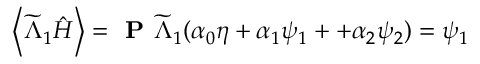
\left\langle \widetilde { \Lambda } _ { 1 } \hat { H } \right\rangle = \textbf { P } \widetilde { \Lambda } _ { 1 } ( \boldsymbol { \alpha } _ { 0 } \eta + \boldsymbol { \alpha } _ { 1 } \psi _ { 1 } + + \boldsymbol { \alpha } _ { 2 } \psi _ { 2 } ) = \psi _ { 1 }